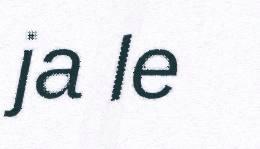
ja le